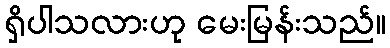
ရှိပါသလားဟု မေးမြန်းသည်။